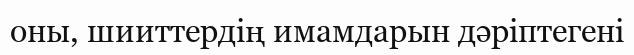
оны, шииттердің имамдарын дәріптегені